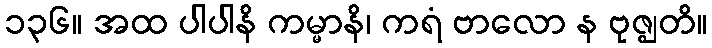
၁၃၆။ အထ ပါပါနိ ကမ္မာနိ၊ ကရံ ဗာလော န ဗုဇ္ဈတိ။